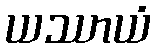
ယဿာယံ